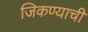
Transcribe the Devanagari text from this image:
जिकण्याची